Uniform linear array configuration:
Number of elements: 64
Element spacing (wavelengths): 1
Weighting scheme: binomial
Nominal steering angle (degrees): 30
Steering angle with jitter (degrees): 30.197
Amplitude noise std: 0.05
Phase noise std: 0.05

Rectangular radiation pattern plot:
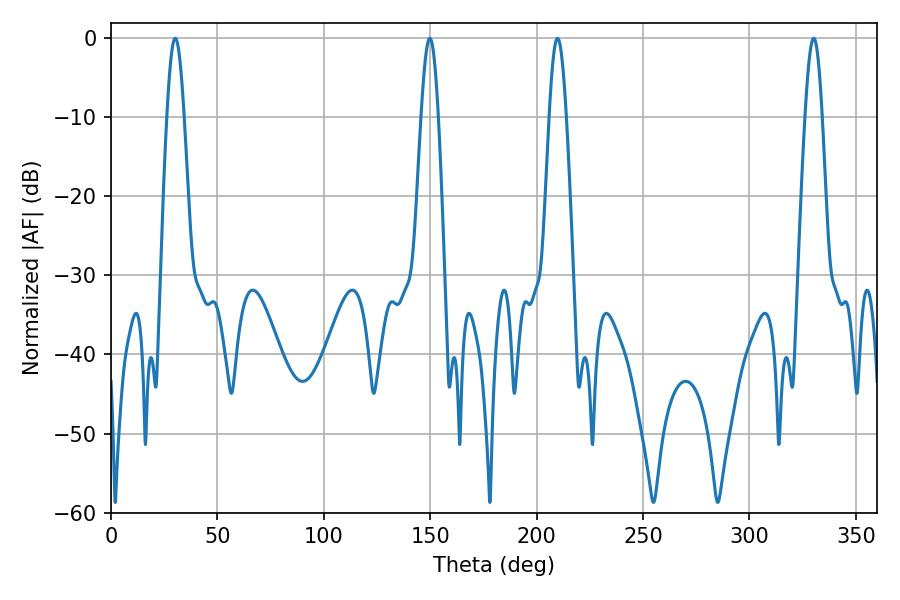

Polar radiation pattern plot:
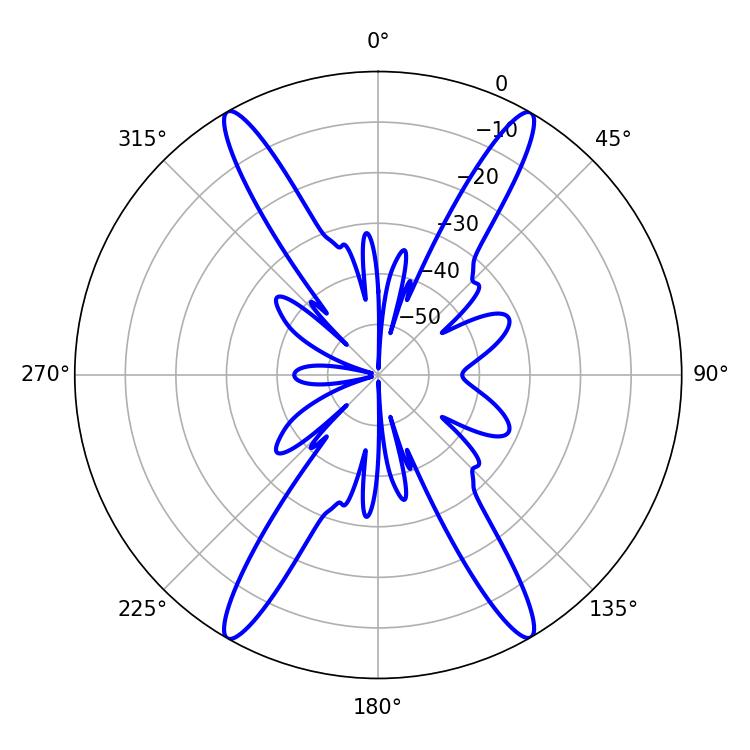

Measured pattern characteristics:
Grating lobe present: TRUE
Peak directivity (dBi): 30.748
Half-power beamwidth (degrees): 4.32
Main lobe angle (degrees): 30.24